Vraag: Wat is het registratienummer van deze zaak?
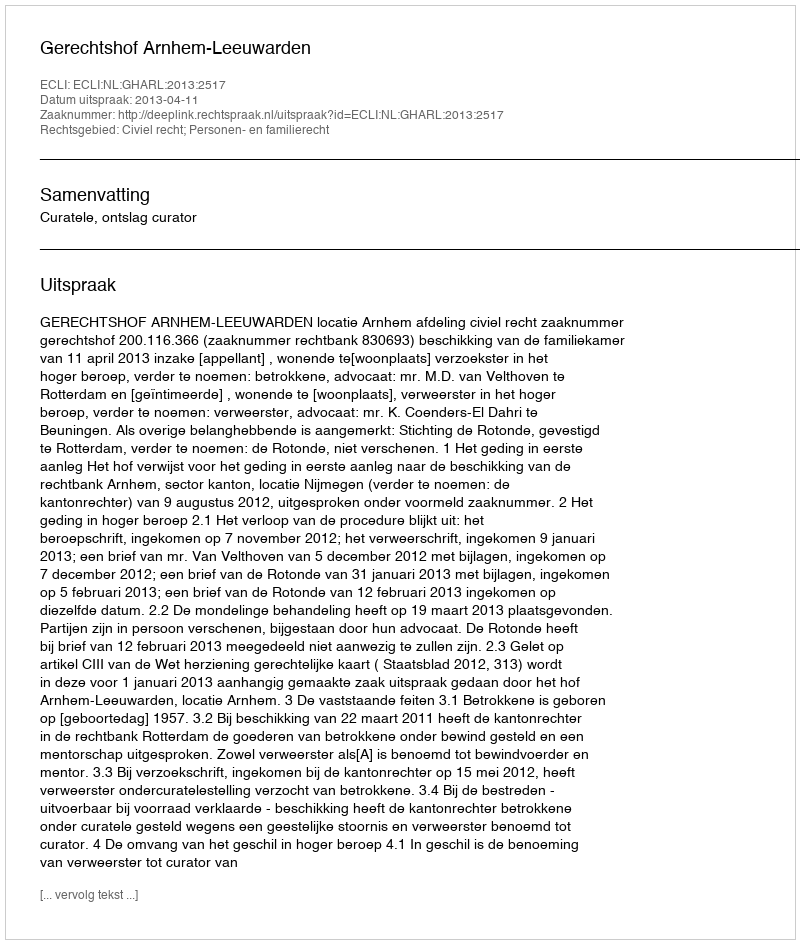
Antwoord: http://deeplink.rechtspraak.nl/uitspraak?id=ECLI:NL:GHARL:2013:2517